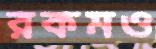
রকমও